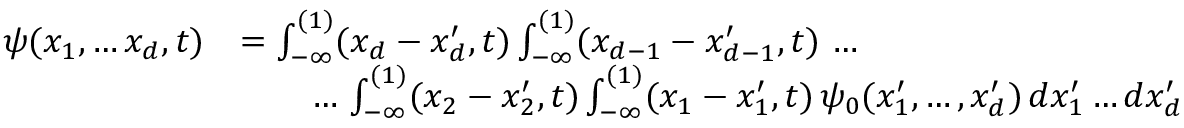
\begin{array} { r l } { \psi ( x _ { 1 } , \dots x _ { d } , t ) } & { = \int _ { - \infty } ^ { ( 1 ) } ( x _ { d } - x _ { d } ^ { \prime } , t ) \int _ { - \infty } ^ { ( 1 ) } ( x _ { d - 1 } - x _ { d - 1 } ^ { \prime } , t ) \, \dots } \\ & { \qquad \dots \, \int _ { - \infty } ^ { ( 1 ) } ( x _ { 2 } - x _ { 2 } ^ { \prime } , t ) \int _ { - \infty } ^ { ( 1 ) } ( x _ { 1 } - x _ { 1 } ^ { \prime } , t ) \, \psi _ { 0 } ( x _ { 1 } ^ { \prime } , \dots , x _ { d } ^ { \prime } ) \, d x _ { 1 } ^ { \prime } \dots d x _ { d } ^ { \prime } } \end{array}